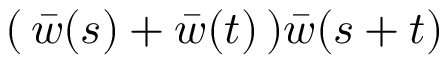
( \, \bar { w } ( s ) + \bar { w } ( t ) \, ) \bar { w } ( s + t )